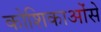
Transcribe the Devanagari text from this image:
कोशिकाओंसे